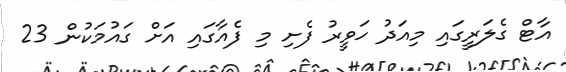
އާޓް ގެލަރީގައި މިއަދު ހަވީރު ފެށި މި ފެއާގައި އަށް ގައުމަކުން 23